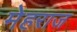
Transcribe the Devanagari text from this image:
मेहराज